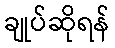
ချုပ်ဆိုရန်